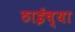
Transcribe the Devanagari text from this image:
ठाईच्या